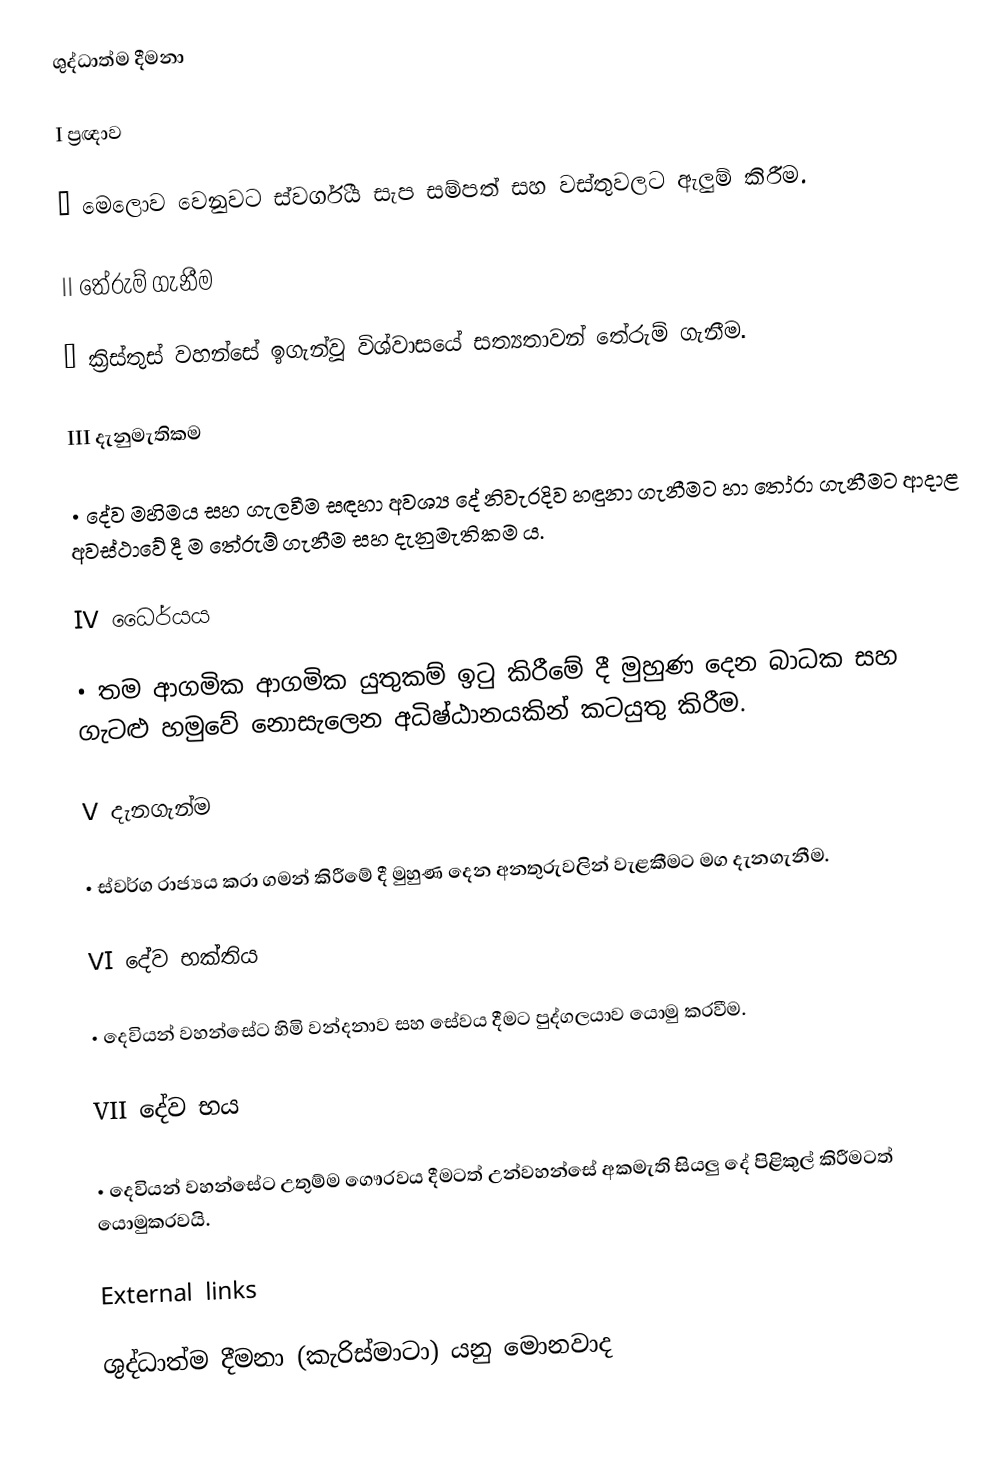
ශුද්ධාත්ම දීමනා

I ප්‍රඥාව 

• මෙලොව වෙනුවට ස්වර්ගීය සැප සම්පත් සහ වස්තුවලට ඇලුම් කිරීම. 

II තේරුම් ගැනීම 

• ක්‍රිස්තුස් වහන්සේ ඉගැන්වූ විශ්වාසයේ සත්‍යතාවන් තේරුම් ගැනීම. 

III දැනුමැතිකම 

• දේව මහිමය සහ ගැලවීම සඳහා අවශ්‍ය දේ නිවැරදිව හඳුනා ගැනීමට හා තෝරා ගැනීමට ආදාළ අවස්ථාවේ දී ම තේරුම් ගැනීම සහ දැනුමැතිකම ය. 

IV ධෛර්යය 

• තම ආගමික ආගමික යුතුකම් ඉටු කිරීමේ දී මුහුණ දෙන බාධක සහ ගැටළු හමුවේ නොසැලෙන අධිෂ්ඨානයකින් කටයුතු කිරීම. 

V දැනගැන්ම 

• ස්වර්ග රාජ්‍යය කරා ගමන් කිරීමේ දී මුහුණ දෙන අනතුරුවලින් වැළකීමට මග දැනගැනීම.

VI දේව භක්තිය 

• දෙවියන් වහන්සේට හිමි වන්දනාව සහ සේවය දීමට පුද්ගලයාව යොමු කරවීම.

VII දේව භය 

• දෙවියන් වහන්සේට උතුම්ම ගෞරවය දීමටත් උන්වහන්සේ අකමැති සියලු දේ පිළිකුල් කිරීමටත් යොමුකරවයි.

External links

ශුද්ධාත්ම දීමනා (කැරිස්මාටා) යනු මොනවාද